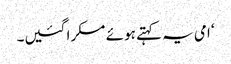
‘ امی یہ کہتے ہوئے مسکرا گئیں۔